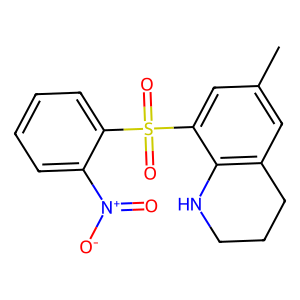
SMILES: Cc1cc2c(c(S(=O)(=O)c3ccccc3[N+](=O)[O-])c1)NCCC2
Inhibits HIV replication: Yes